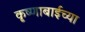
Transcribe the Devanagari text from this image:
कृष्णाबाईच्या